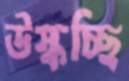
উস্‌কচ্ছি